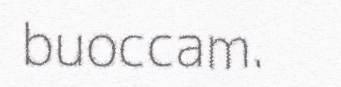
buoccam.